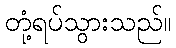
တုံ့ရပ်သွားသည်။